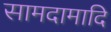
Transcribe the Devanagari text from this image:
सामदामादि